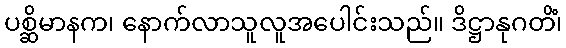
ပစ္ဆိမာနက၊ နောက်လာသူလူအပေါင်းသည်။ ဒိဋ္ဌာနုဂတိံ၊